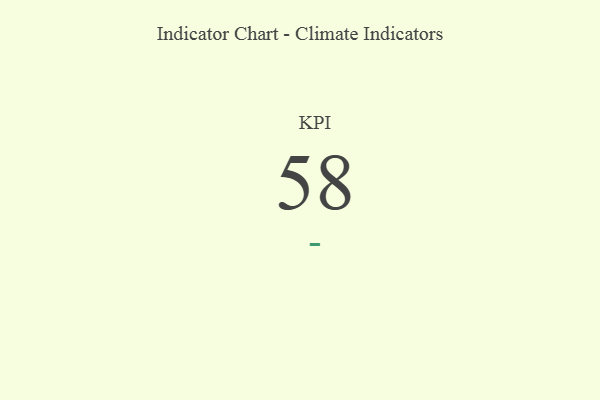
{"axis": {"x": "KPI", "y": "Value"}, "legend": [""], "data": [{"x": "KPI", "y": 58, "type": ""}]}